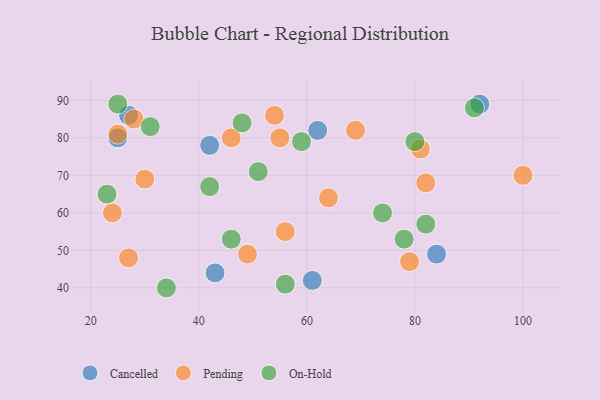
{"axis": {"x": "GDP", "y": "Life Expectancy"}, "legend": ["Cancelled", "On-Hold", "Pending"], "data": [{"x": "27", "y": 86, "type": "Cancelled"}, {"x": "61", "y": 42, "type": "Cancelled"}, {"x": "42", "y": 78, "type": "Cancelled"}, {"x": "62", "y": 82, "type": "Cancelled"}, {"x": "43", "y": 44, "type": "Cancelled"}, {"x": "92", "y": 89, "type": "Cancelled"}, {"x": "25", "y": 80, "type": "Cancelled"}, {"x": "84", "y": 49, "type": "Cancelled"}, {"x": "64", "y": 64, "type": "Pending"}, {"x": "56", "y": 55, "type": "Pending"}, {"x": "28", "y": 85, "type": "Pending"}, {"x": "100", "y": 70, "type": "Pending"}, {"x": "55", "y": 80, "type": "Pending"}, {"x": "82", "y": 68, "type": "Pending"}, {"x": "54", "y": 86, "type": "Pending"}, {"x": "69", "y": 82, "type": "Pending"}, {"x": "49", "y": 49, "type": "Pending"}, {"x": "46", "y": 80, "type": "Pending"}, {"x": "79", "y": 47, "type": "Pending"}, {"x": "30", "y": 69, "type": "Pending"}, {"x": "27", "y": 48, "type": "Pending"}, {"x": "24", "y": 60, "type": "Pending"}, {"x": "25", "y": 81, "type": "Pending"}, {"x": "81", "y": 77, "type": "Pending"}, {"x": "74", "y": 60, "type": "On-Hold"}, {"x": "46", "y": 53, "type": "On-Hold"}, {"x": "34", "y": 40, "type": "On-Hold"}, {"x": "80", "y": 79, "type": "On-Hold"}, {"x": "31", "y": 83, "type": "On-Hold"}, {"x": "48", "y": 84, "type": "On-Hold"}, {"x": "91", "y": 88, "type": "On-Hold"}, {"x": "25", "y": 89, "type": "On-Hold"}, {"x": "56", "y": 41, "type": "On-Hold"}, {"x": "82", "y": 57, "type": "On-Hold"}, {"x": "78", "y": 53, "type": "On-Hold"}, {"x": "51", "y": 71, "type": "On-Hold"}, {"x": "42", "y": 67, "type": "On-Hold"}, {"x": "23", "y": 65, "type": "On-Hold"}, {"x": "59", "y": 79, "type": "On-Hold"}]}